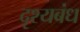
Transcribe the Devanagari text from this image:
दृश्यबंध